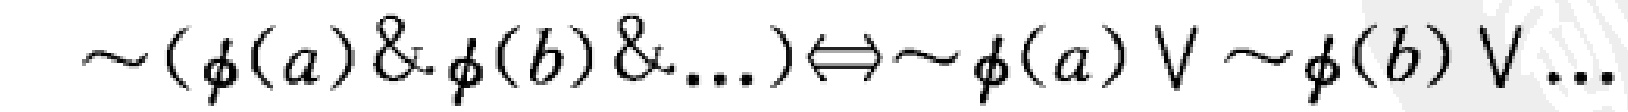
\(\sim(\phi(a)\& \phi(b)\&...)\Longleftrightarrow\sim\phi(a)\vee\sim\phi(b)\vee...\)